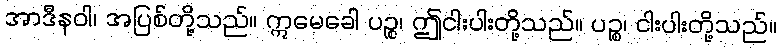
အာဒီနဝါ၊ အပြစ်တို့သည်။ ဣမေခေါ ပဉ္စ၊ ဤငါးပါးတို့သည်။ ပဉ္စ၊ ငါးပါးတို့သည်။